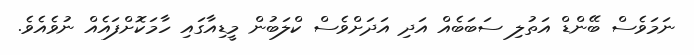
ނަމަވެސް ބޭންޑް އަތުލި ސަބަބެއް އަދި އަދަށްވެސް ކްލަބުން މީޑިއާގައި ހާމަކޮށްފައެއް ނުވެއެވެ.